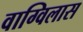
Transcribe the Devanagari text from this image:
वाग्विलास